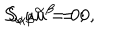
S _ { \alpha } u ^ { \alpha } = 0 ; \hspace { 1 . 0 i n } S _ { \alpha \beta } u ^ { \beta } = 0 ,